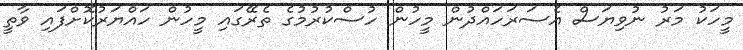
މީހަކު މަރު ނުވިޔަސް އެސަރަހައްދުން މީހުން ހުސްކުރުމުގެ ތެރޭގައި މީހުން ހައްޔަރުކޮށްފައި ވާތީ